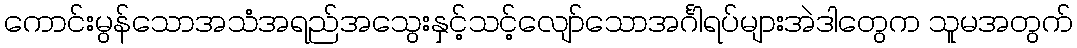
ကောင်းမွန်သောအသံအရည်အသွေးနှင့်သင့်လျော်သောအင်္ဂါရပ်များအဲဒါတွေက သူမအတွက်